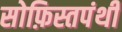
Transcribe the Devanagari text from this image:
सोफ़िस्तपंथी